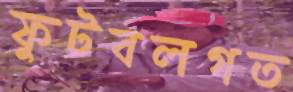
ফুটবলগত